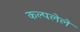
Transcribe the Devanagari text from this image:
कल्पलेले